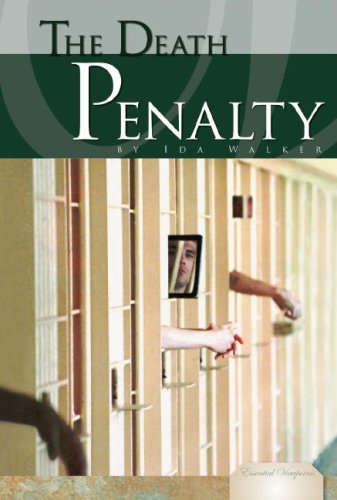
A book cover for The Death Penalty (Essential Viewpoints Set 2); Ida Walker; Teen & Young Adult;